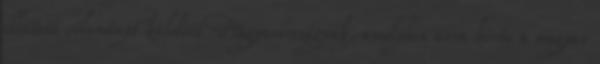
ellátott véleményt küldött Magyarországnak, amelyben arra kérte a magyar